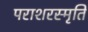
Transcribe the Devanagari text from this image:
पराशरस्मृति